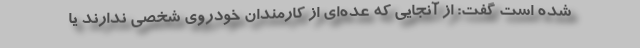
شده است گفت: از آنجایی که عده‌ای از کارمندان خودروی شخصی ندارند یا